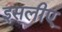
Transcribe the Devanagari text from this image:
इसलीए